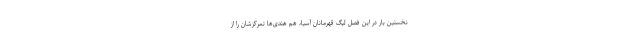
نخستین بار در این فصل لیگ قهرمانان آسیا، هم هندی‌ها تمرکزشان را از